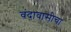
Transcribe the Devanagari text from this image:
वंदावासीचा